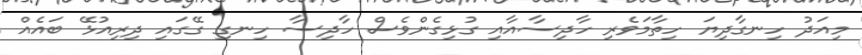
މިއަދު ހިނގާދިޔަ ހިތާމަވެރި ހާދިސާއާއި ގުޅިގެންވެސް ހާދިސާ ހިނގި ގޭގައި ދިރިއުޅޭ ބައެއް